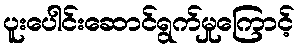
ပူးပေါင်းဆောင်ရွက်မှုကြောင့်